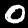
Label: 0